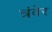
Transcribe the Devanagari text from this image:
त्रंवेर